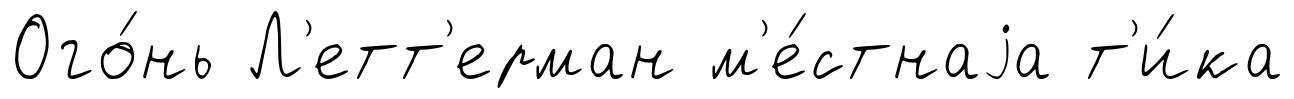
Ого́нь Л'етт'ерман м'е́стнаjа т'и́ка